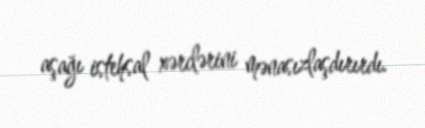
aşağı istehsal xərclərini mənasızlaşdırırdı.